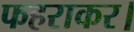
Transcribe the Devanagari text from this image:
फहराकर।